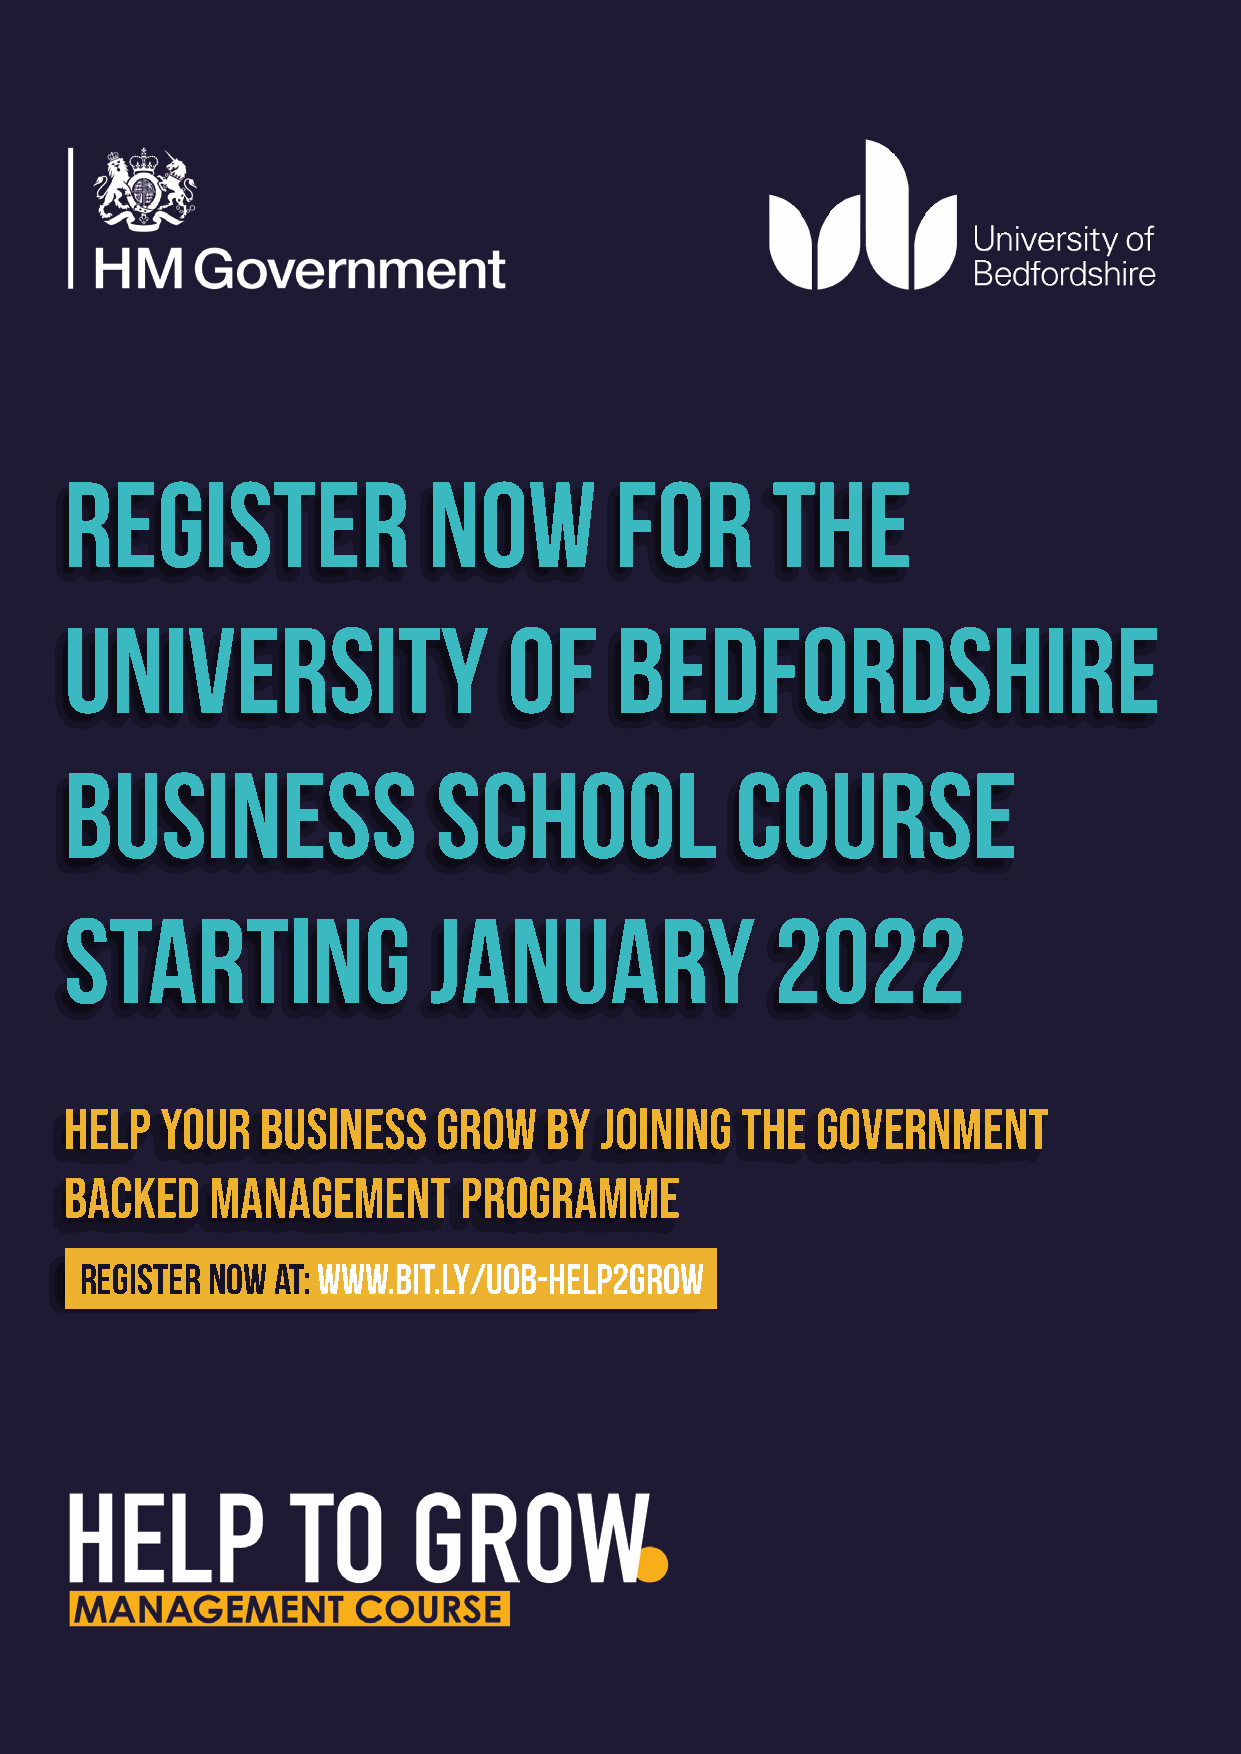
REGISTER                NOW          FOR       THE
 UNIVERSITY                    OF     BEDFORDSHIRE
 BUSINESS                 SCHOOL              COURSE
 STARTING                JANUARY                2022
 Help   your  business    grow   by  joining  the  government
 backed    Management      programme
 Register now at: www.bit.ly/uob-help2grow